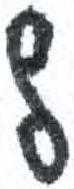
אות: ל